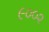
૯૦૦૨